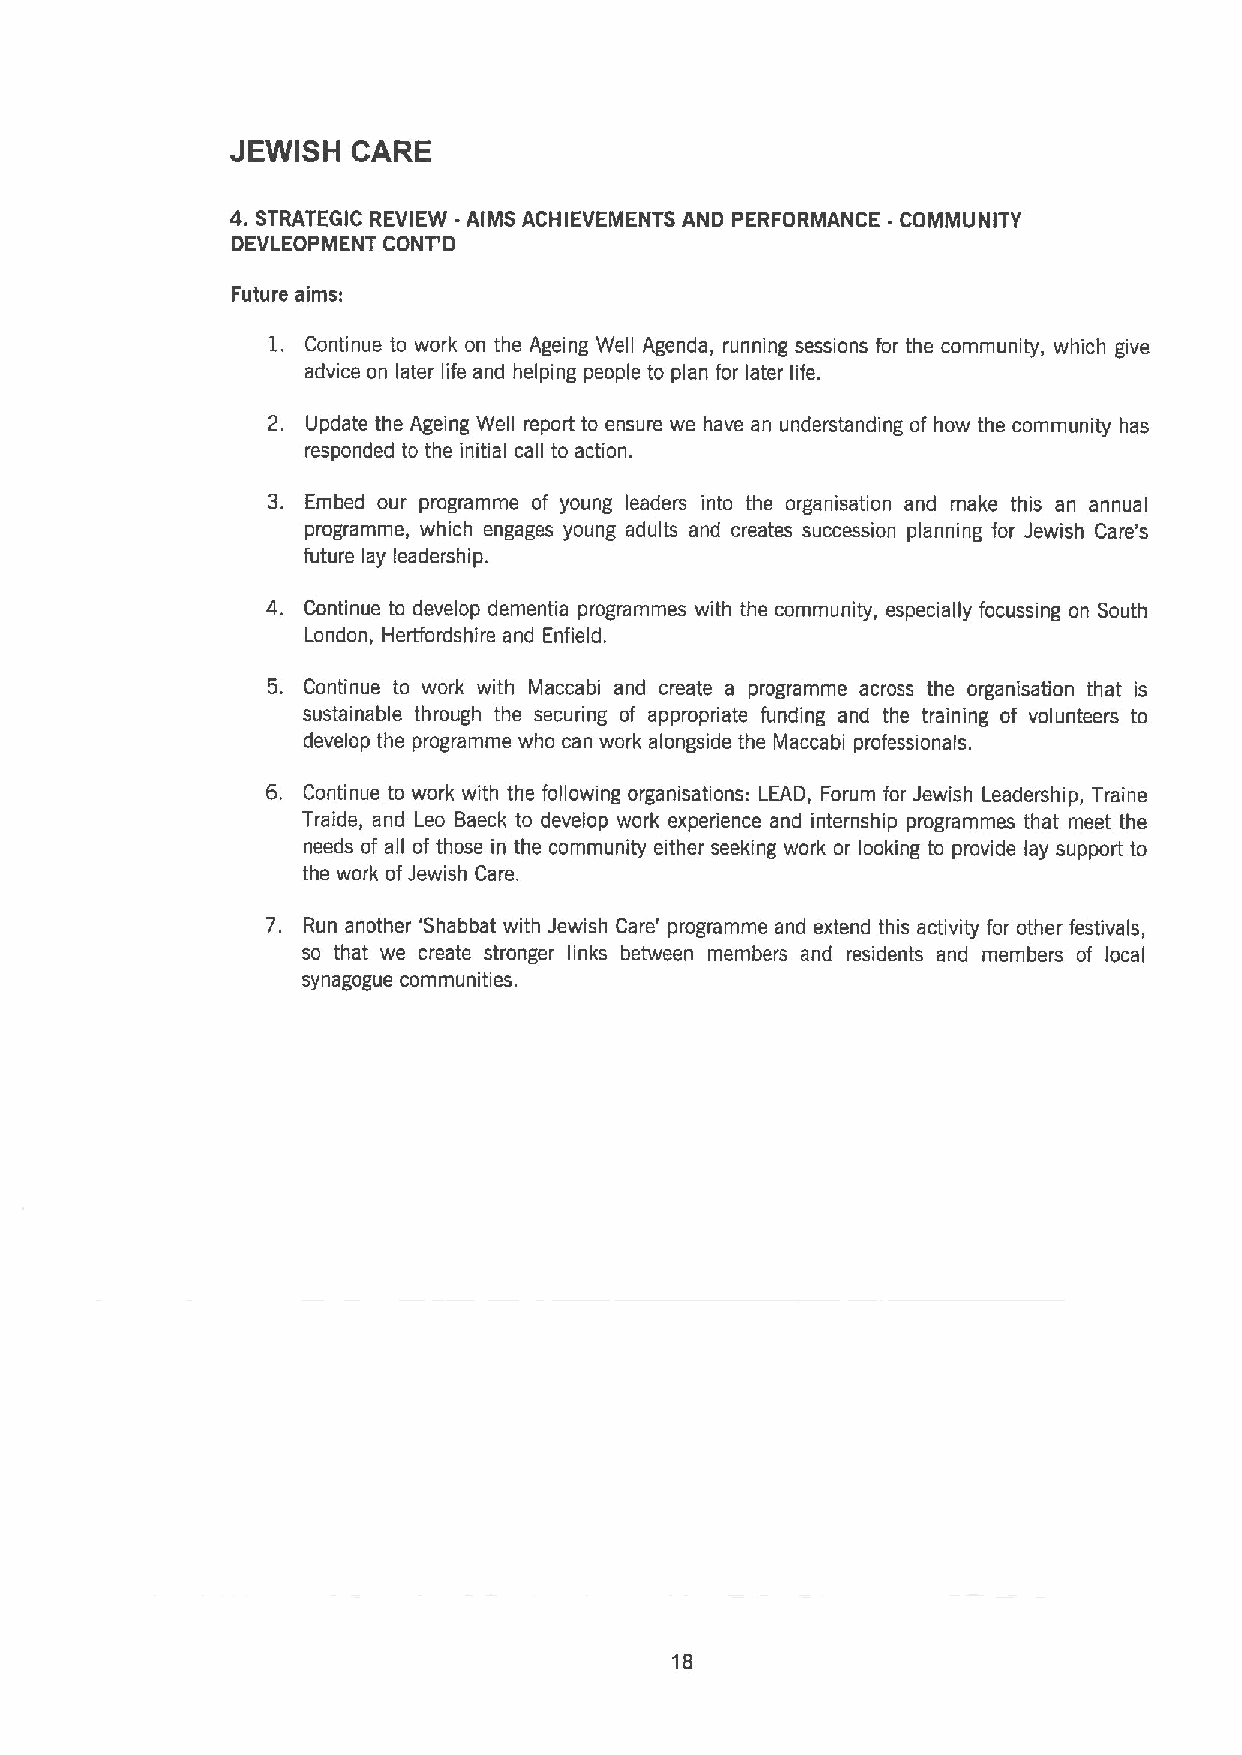
JEWISH  CARE
 4.STRATEGIC REVIEW -AIMS ACHIEVEMENTS AND PERFORMANCE - COMMUNITY
 DEVLEOPMENT CONT'D
 Future aims:
 1. Continue to work on the Ageing Well Agenda, running sessions for the community, which give
 advice on later life and helping people to plan for later life.
 2. Update the Ageing Well report to ensure we have an understanding of how the community has
 responded to the initial call to action,
 3. Embed our programme of young leaders into the organisation and make this an annual
 programme, which engages young adults and creates succession planning for Jewish Care's
 future lay leadership.
 4. Continue to develop dementia programmes with the community, especially focussing on South
 London, Herffordshire and Enfield.
 5. Continue to work with Maccabi and create a programme across the organisation that is
 sustainable through the securing of appropriate funding and the training of volunteers to
 develop the programme who can work alongside the Maccabi professionals.
 6. Continue to work with the following organisations: LEAD, Forum for Jewish Leadership, Traine
 Traide, and Leo Baeck to develop work experience and internship programmes that meet the
 needs of all of those in the community either seeking work or looking to provide lay support to
 the work ofJewish Care.
 7. Run another 'Shabbat with Jewish Care' programme and extend this activity for other festivals,
 so that we create stronger links between members and residents and members of local
 synagogue communities.
 18